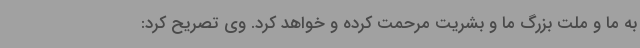
به ما و ملت بزرگ ما و بشریت مرحمت کرده و خواهد کرد. وی تصریح کرد: